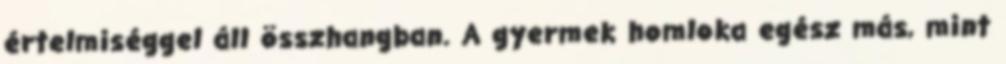
értelmiséggel áll összhangban. A gyermek homloka egész más, mint